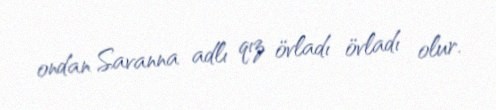
ondan Savanna adlı qız övladı övladı olur.